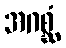
အဂစ္ဆံ